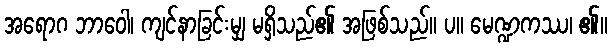
အရောဂ ဘာဝေါ၊ ကျင်နာခြင်းမျှ မရှိသည်၏ အဖြစ်သည်။ ပ။ မေဏ္ဍကဿ၊ ၏။